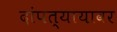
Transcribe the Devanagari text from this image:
दांपत्यायावर